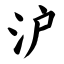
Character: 沪